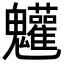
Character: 𩵄